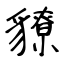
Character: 䝤